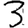
Digit: 3